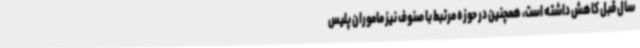
سال قبل کاهش داشته است، همچنین در حوزه مرتبط با صنوف نیز ماموران پلیس